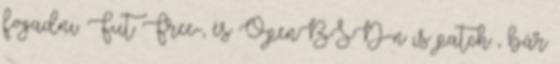
fogadni. Fut Free-, és OpenBSD-n is patch , bár